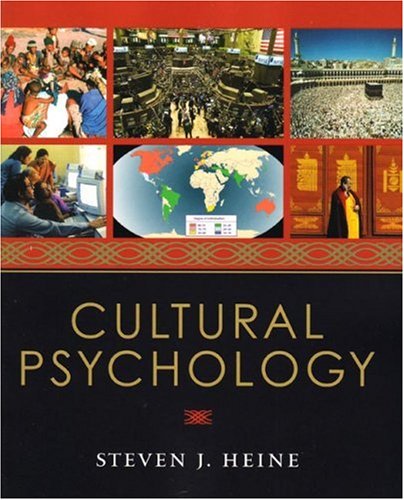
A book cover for Cultural Psychology; Steven J. Heine; Medical Books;